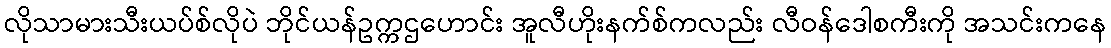
လိုသာမားသီးယပ်စ်လိုပဲ ဘိုင်ယန်ဥက္ကဌဟောင်း အူလီဟိုးနက်စ်ကလည်း လီဝန်ဒေါစကီးကို အသင်းကနေ